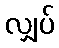
လျှပ်